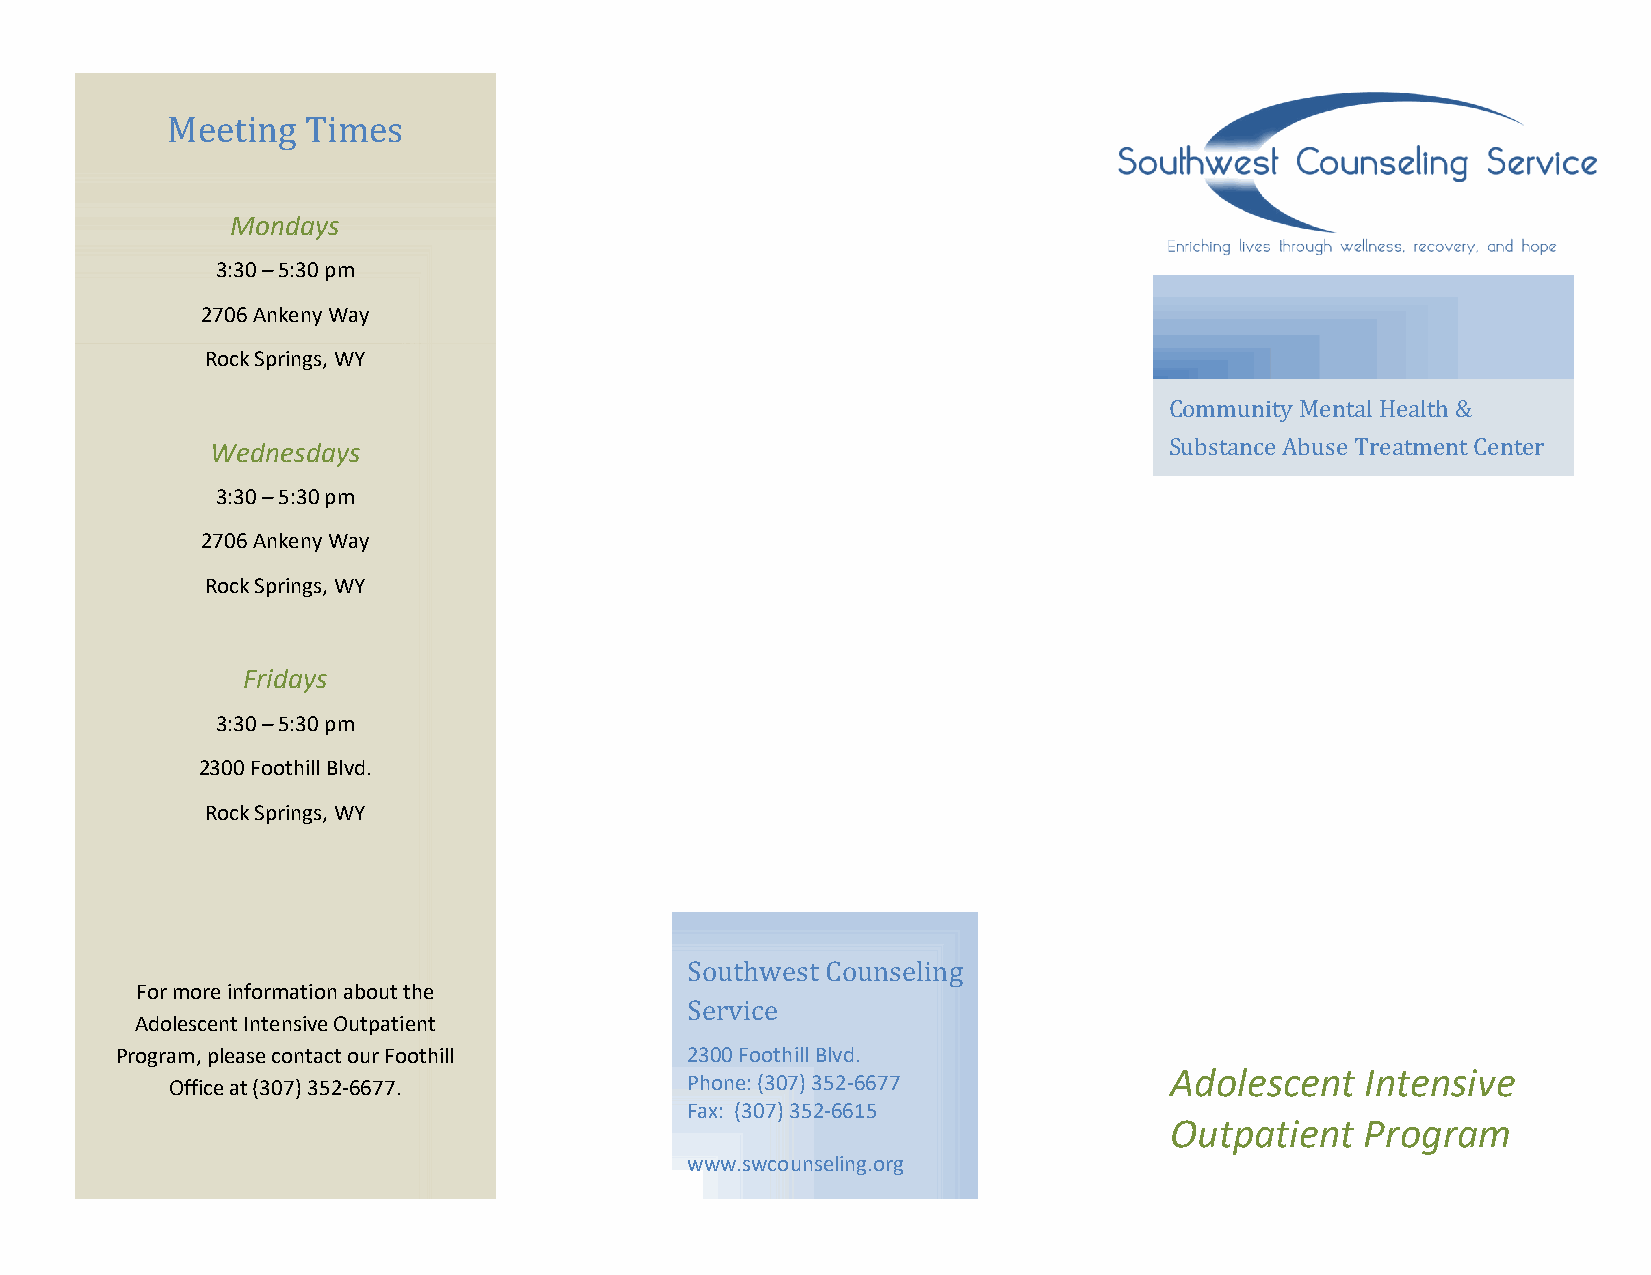
Meeting  Times
 Mondays
 3:30 – 5:30 pm
 2706 Ankeny Way
 Rock Springs, WY
 C ommunity Mental Health &
 Wednesdays                                                     Substance Abuse Treatment Center
 3:30 – 5:30 pm
 2706 Ankeny Way
 Rock Springs, WY
 Fridays
 3:30 – 5:30 pm
 2300 Foothill Blvd.
 Rock Springs, WY
 Southwest Counseling
 For more information about the
 Service
 Adolescent Intensive Outpatient
 Program, please contact our Foothill 2300 Foothill Blvd.
 Adolescent   Intensive
 Office at (307) 352-6677.         Phone: (307) 352-6677
 Fax: (307) 352-6615
 Outpatient   Program
 www.swcounseling.org